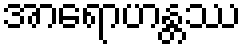
အာရောဟန္တဿ